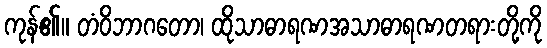
ကုန်၏။ တံဝိဘာဂတော၊ ထိုသာဓာရဏအသာဓာရဏတရားတို့ကို